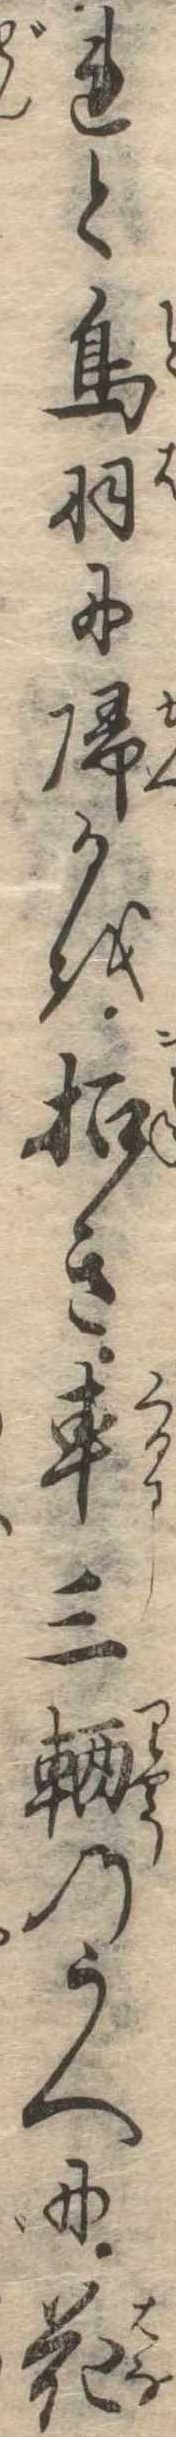
れと鳥羽に帰るを招き車三輛のうへに花